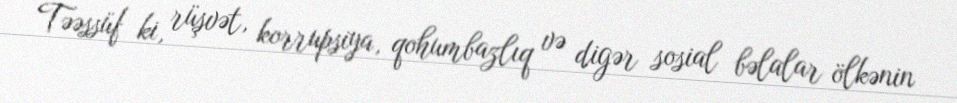
Təəssüf ki, rüşvət, korrupsiya, qohumbazlıq və digər sosial bəlalar ölkənin